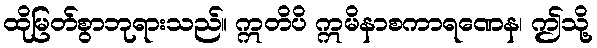
ထိုမြတ်စွာဘုရားသည်။ ဣတိပိ ဣမိနာစကာရဏေန၊ ဤသို့